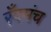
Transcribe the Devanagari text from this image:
रँगमंच